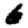
Digit: 6